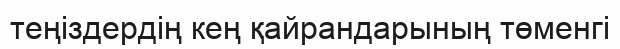
теңіздердің кең қайрандарының төменгі